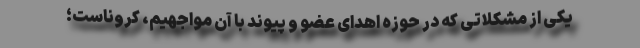
یکی از مشکلاتی که در حوزه اهدای عضو و پیوند با آن مواجهیم، کروناست؛